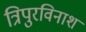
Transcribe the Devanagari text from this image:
त्रिपुरविनाश